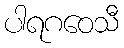
ပါရဂဝေသီ